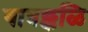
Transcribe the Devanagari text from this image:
यात्रक्कळि